Indian Medical Review
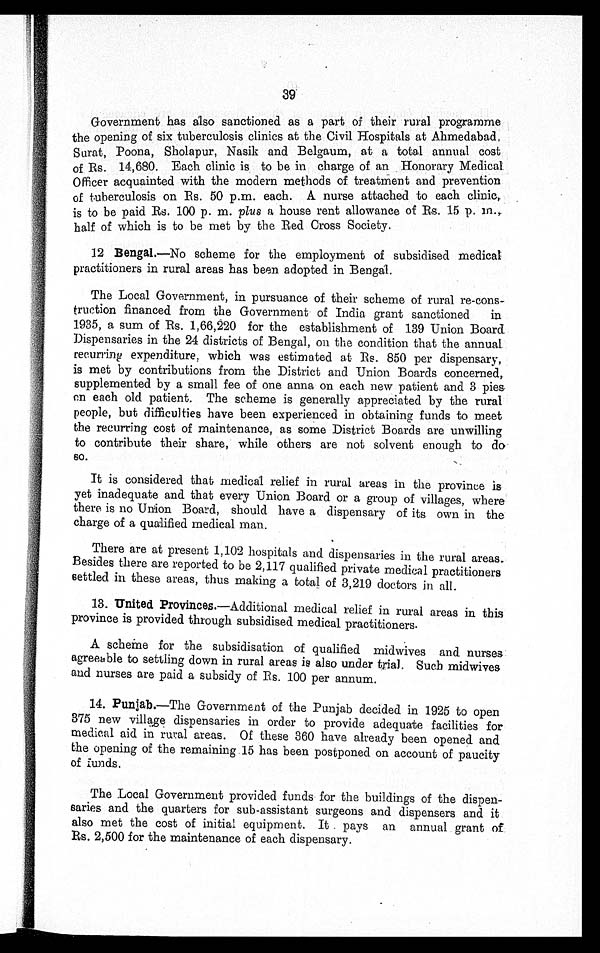
39
Government has also sanctioned as a part of their rural programme
the opening of six tuberculosis clinics at the Civil Hospitals at Ahmedabad,
Surat, Poona, Sholapur, Nasik and Belgaum, at a total annual cost
of Rs. 14,680. Each clinic is to be in charge of an Honorary Medical.
Officer acquainted with the modern methods of treatment and prevention
of tuberculosis on Rs. 50 p.m. each. A nurse attached to each clinic,
is to be paid Rs. 100 p. m. plus a house rent allowance of Rs. 15 p. m.,
half of which is to be met by the Red Cross Society.
12 Bengal.—No scheme for the employment of subsidised medical
practitioners in rural areas has been adopted in Bengal.
The Local Government, in pursuance of their scheme of rural re-cons
-truction financed from the Government of India grant sanctioned in
1935, a sum of Rs. 1,66,220 for the establishment of 139 Union Board
Dispensaries in the 24 districts of Bengal, on the condition that the annual
recurring expenditure, which was estimated at Rs. 850 per dispensary,
is met by contributions from the District and Union Boards concerned,
supplemented by a small fee of one anna on each new patient and 3 pies
en each old patient. The scheme is generally appreciated by the rural
people, but difficulties have been experienced in obtaining funds to meet
the recurring cost of maintenance, as some District Boards are unwilling
to contribute their share, while others are not solvent enough to do
so.
It is considered that medical relief in rural areas in the province is
yet inadequate and that every Union Board or a group of villages, where
there is no Union Board, should have a dispensary of its own in the
charge of a qualified medical man.
There are at present 1,102 hospitals and dispen-saries in the rural areas.
Besides there are reported to be 2,117 qualified private medical practitioners
settled in these areas, thus making a total of 3,219 doctors in all.
13.
United Provinces. —Additional medical relief in rural areas in this
province is provided through subsidised medical practitioners.
A scheme for the subsidisation of qualified midwives and nurses
agreeable to settling down in rural areas is also under trial. Such midwives
and nurses are paid a subsidy of Rs. 100 per annum.
14.
Punjab.—The Government of the Punjab decided in 1925 to open
375 new village dispensaries in order to provide adequate facilities for
medical aid in rural areas. Of these 360 have already been opened and
the opening of the remaining 15 has been postponed on account of paucity
of funds.
The Local Government provided funds for the buildings of the dispen
-saries and the quarters for sub-assistant surgeons and dispensers and it
also met the cost of initial equipment. It pays an annual grant of
Rs. 2,500 for the maintenance of each dispensary.